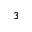
^ { 3 }